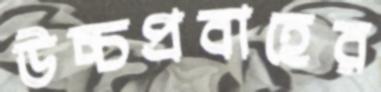
উচ্চপ্রবাহের